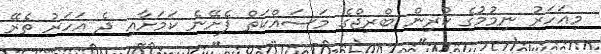
މިއަހަރު ނިމުމުގެ ކުރިން ބްރިޖްގެ މަސައްކަތް ފެށޭނެ ކަމަށާއި ދެ އަހަރު ތެރޭ